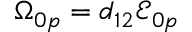
{ \Omega } _ { 0 p } = d _ { 1 2 } { \mathcal { E } } _ { 0 p }